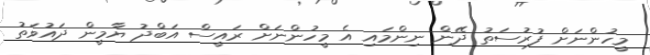
މީހުންނަށް ފުރުސަތު ދޭން ނިންމައި އެ މީހުންނަށް ރައީސް އަބްދު ޔާމީން ދައުވަތު